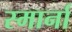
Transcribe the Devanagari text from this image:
स्मार्ना